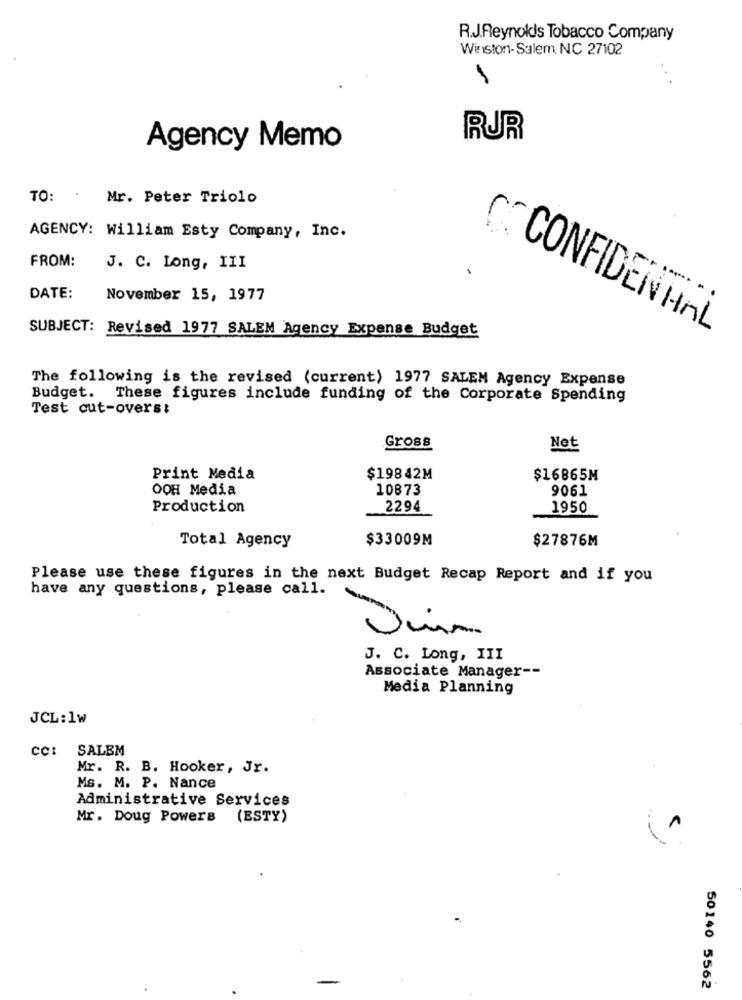
R.J.Reynokis Tobacco Company
Winston-Salem, NC 27102
RUR
Agency Memo
TO: . Mr. Peter Triolo
AGENCY: William Esty Company, Inc.
FROM:
J. C. Long, III
DATE:
November 15, 1977
SUBJECT: Revised 1977 SALEM Agency Expense Budget
CO CONFIDENHAL
The following is the revised (current) 1977 SALEM Agency Expense
Budget. These figures include funding of the Corporate Spending
Test cut-overs:
Gross
Net
Print Media
$19842M
$16865M
OOH Media
10873
9061
Production
2294
1950
$33009M
$27876M
Total Agency
Please use these figures in the next Budget Recap Report and if you
have any questions, please call.
J. C. Long, III
Associate Manager --
Media Planning
JCL: 1w
CC: SALEM
Mr. R. B. Hooker, Jr.
Ms. M. P. Nance
Administrative Services
Mr. Doug Powers (ESTY)
1
50140 5562